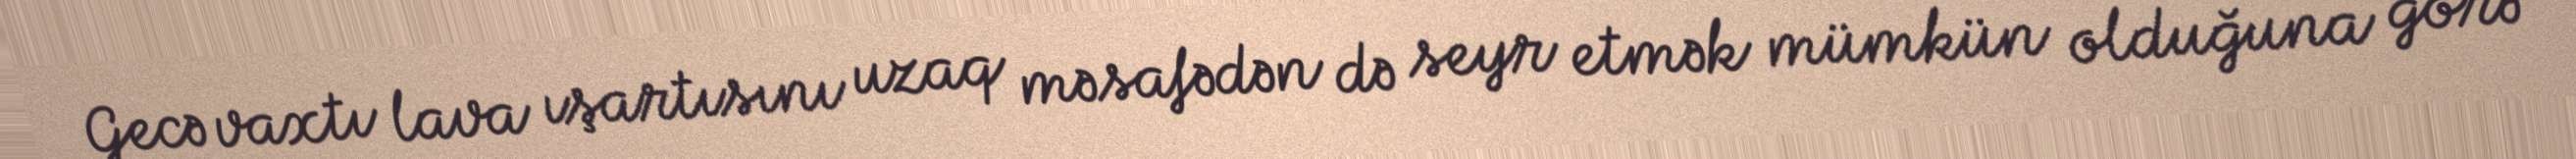
Gecə vaxtı lava ışartısını uzaq məsafədən də seyr etmək mümkün olduğuna görə